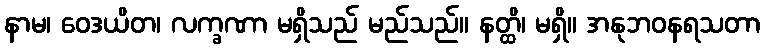
နာမ၊ ဝေဒယိတ၊ လက္ခဏာ မရှိသည် မည်သည်။ နတ္ထိ၊ မရှိ။ အနုဘဝနရသတာ